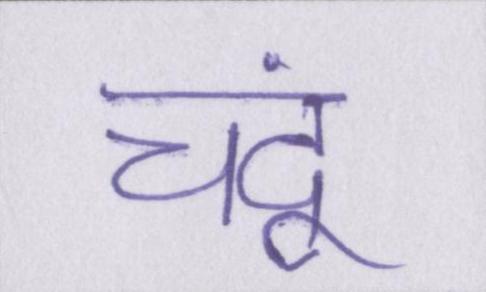
चंदू